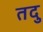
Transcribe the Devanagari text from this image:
तदु